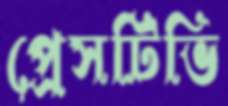
প্রেসটিভি